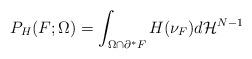
LaTeX: \begin{align*}P_H(F;\Omega)= \int_{\Omega\cap \partial^*F} H(\nu_F) d\mathcal H^{N-1}\end{align*}